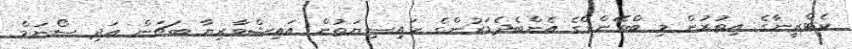
ކެޓްރީނާގެ އިތުރުން މި ބްރޭންޑްގެ އެންބެދެޑަރުންގެ ހައިސިޔަތުން އައިޝްވާރިޔާ ބަޗަން އަދި ސޯނަމް